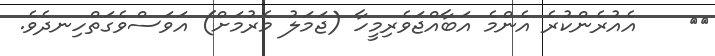
١٢    އެއުރެންކުރެ އެންމެ އަބާއްޖަވެރިމީހާ (ޖަމަލު މެރުމަށް) އަވަސްވެގަތްހިނދެވެ.